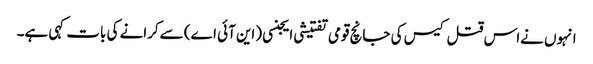
انہوں نےاس قتل کیس کی جانچ قومی تفتیشی ایجنسی (این آئی اے) سےکرانے کی بات کہی ہے۔